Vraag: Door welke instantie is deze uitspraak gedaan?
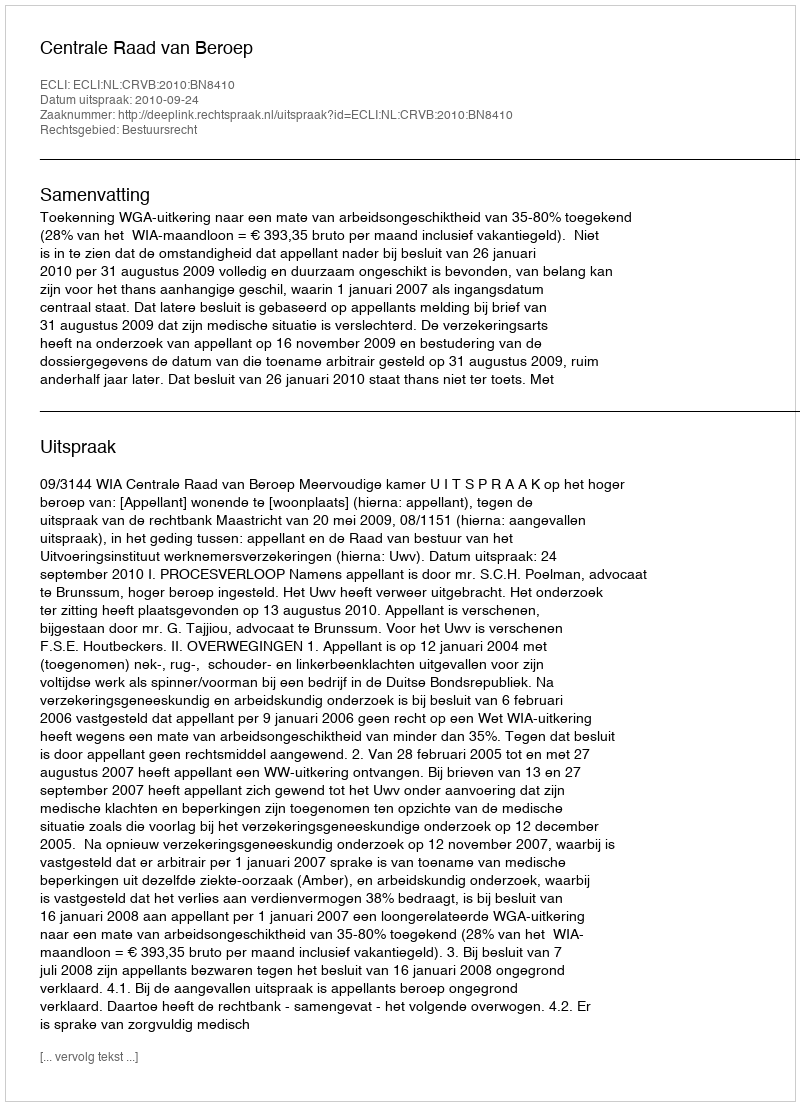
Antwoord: Centrale Raad van Beroep